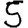
Digit: 5